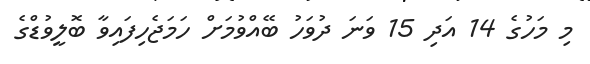
މި މަހުގެ 14 އަދި 15 ވަނަ ދުވަހު ބޭއްވުމަށް ހަމަޖެހިފައިވާ ބޮލީވުޑްގެ